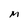
Character: M